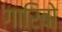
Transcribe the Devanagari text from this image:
गारिबो